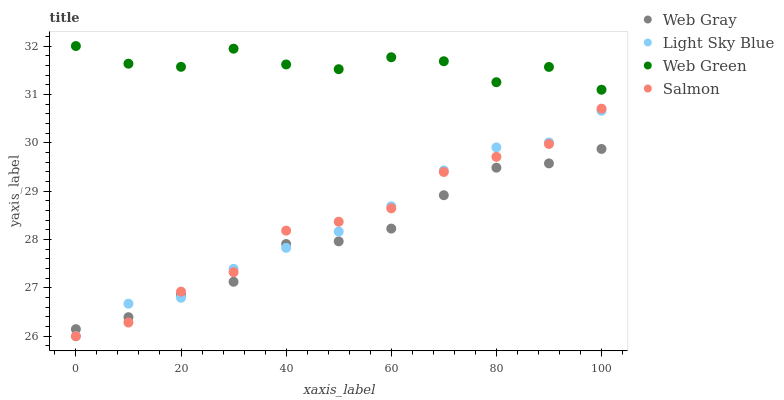
| xaxis_label | Web Gray | Light Sky Blue | Web Green | Salmon |
 | --- | --- | --- | --- | --- |
 | 0 | 26.1 | 26 | 32 | 26 |
 | 10 | 26.4 | 26.7 | 31.6 | 26.3 |
 | 20 | 26.9 | 26.8 | 31.6 | 26.9 |
 | 30 | 27.1 | 27.4 | 31.9 | 27.3 |
 | 40 | 27.9 | 27.8 | 31.6 | 28.2 |
 | 50 | 28 | 28.2 | 31.5 | 28.4 |
 | 60 | 28.2 | 28.7 | 31.8 | 28.6 |
 | 70 | 28.9 | 29.4 | 31.7 | 29.4 |
 | 80 | 29.5 | 29.9 | 31.3 | 29.7 |
 | 90 | 29.6 | 30 | 31.6 | 30 |
 | 100 | 29.9 | 30.7 | 31.1 | 30.7 |